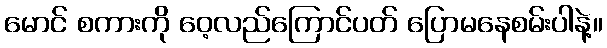
မောင် စကားကို ဝေ့လည်ကြောင်ပတ် ပြောမနေစမ်းပါနဲ့။